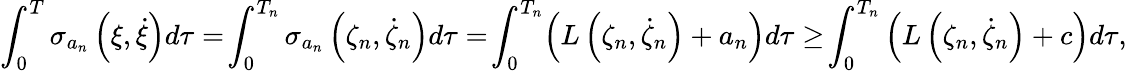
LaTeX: \int_{0}^{T}\sigma_{a_{n}}\left(\xi,\dot{\xi}\right)d\tau=\! \int_{0}^{T_{n}}\sigma_{a_{n}}\left(\zeta_{n},\dot{\zeta}_{n}\right)d\tau=\! \int_{0}^{T_{n}}\! \left(L\left(\zeta_{n},\dot{\zeta}_{n}\right)+a_{n}\right)d\tau\ge\! \int_{0}^{T_{n}}\left(L\left(\zeta_{n},\dot{\zeta}_{n}\right)+c\right)d\tau,